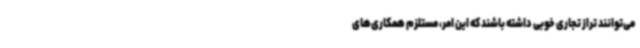
می‌توانند تراز تجاری خوبی داشته باشند که این امر، مستلزم همکاری‌های